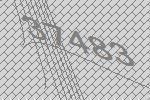
37483